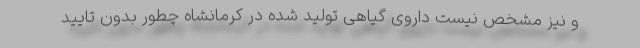
و نیز مشخص نیست داروی گیاهی تولید شده در کرمانشاه چطور بدون تایید